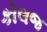
કોલજ